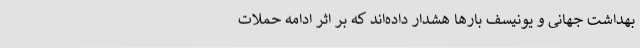
بهداشت جهانی و یونیسف بارها هشدار داده‌اند که بر اثر ادامه حملات